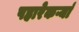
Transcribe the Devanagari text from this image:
पहारेकऱ्यां